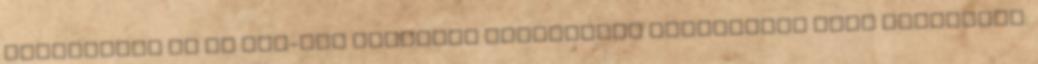
Melléklete és az IBC-kód szerinti ömlesztett állapotban való szállítás: